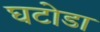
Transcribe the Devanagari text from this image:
घटोडा